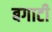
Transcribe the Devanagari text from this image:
बगाटी